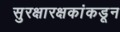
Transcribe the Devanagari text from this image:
सुरक्षारक्षकांकडून